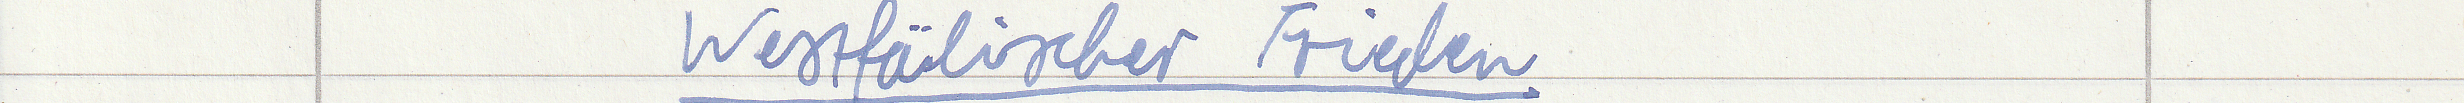
Westfälischer Frieden